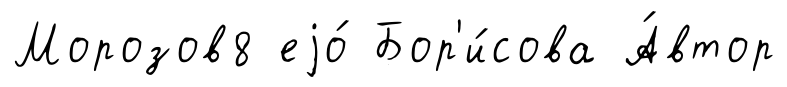
Морозов8 еjо́ Бор'и́сова А́втор